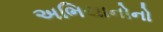
અભિયાનોનો